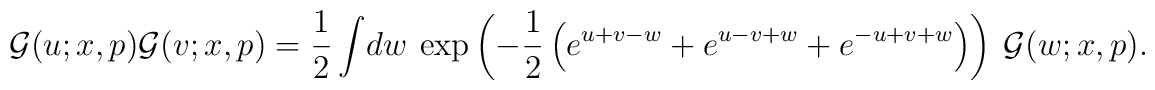
\mathcal{G}(u;x,p)\* \mathcal{G}(v;x,p)={\frac{1}{2}}\int \!dw~\exp \left( -{ \frac{1}{2}}\left( e^{u+v-w}+e^{u-v+w}+e^{-u+v+w}\right) \right) ~ \mathcal{G }(w;x,p).